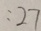
: 2 7